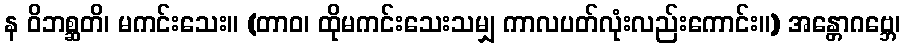
န ဝိဘစ္ဆတိ၊ မကင်းသေး။ (တာဝ၊ ထိုမကင်းသေးသမျှ ကာလပတ်လုံးလည်းကောင်း။) အန္တောဂဗ္ဘေ၊